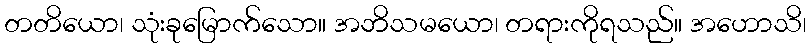
တတိယော၊ သုံးခုမြောက်သော။ အဘိသမယော၊ တရားကိုရသည်။ အဟောသိ၊